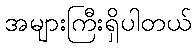
အများကြီးရှိပါတယ်